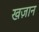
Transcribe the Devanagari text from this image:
खज़ान